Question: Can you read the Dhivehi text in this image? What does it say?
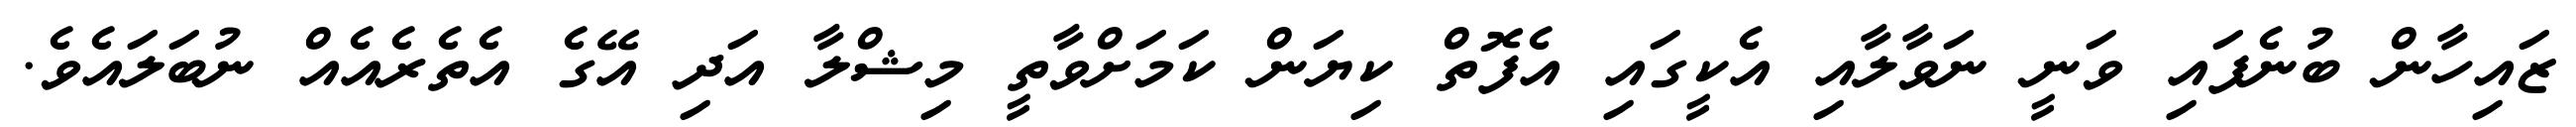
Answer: ޒައިހާން ބުނެފައި ވަނީ ނަވާލާއި އެކީގައި އެފޮތް ކިޔަން ކަމަށްވާތީ މިޝްލާ އަދި އޭގެ އެތެރެއެއް ނުބަލައެވެ.